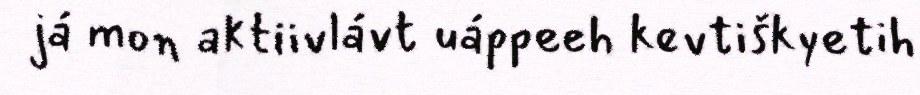
já mon aktiivlávt uáppeeh kevtiškyetih